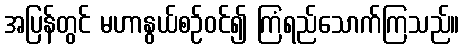
အပြန်တွင် မဟာနွယ်စဉ်ဝင်၍ ကြံရည်သောက်ကြသည်။